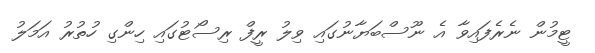
ޓީމުން ނެރެފައިވާ އެ ނޫސްބަޔާނުގައި ވިލު ރީފް ރިސޯޓުގައި ހިންގި ހުތުރު އަމަލު